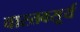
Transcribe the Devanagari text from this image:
वास्तवसूर्य